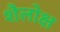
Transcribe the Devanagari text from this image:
शैलोक्ष